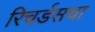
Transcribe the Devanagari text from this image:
रिचर्डसचा